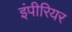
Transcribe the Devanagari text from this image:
इंपीरियर